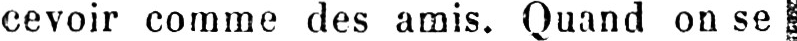
cevoir comme des amis. Quand on se